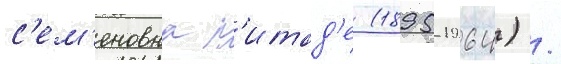
с'ем'еновна п'итад'е (1895-1964) /